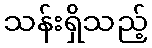
သန်းရှိသည့်